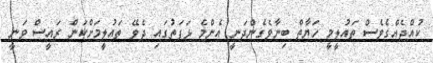
ކުއްޖެއްގެވެސް ތައުލީމީ ހަޔާތް ބިނާވެގެންދަނީ އެންމެ ޅަފަތުގައި ދެވޭ ތައުލީމަށްކަން ރައީސް ވަނީ